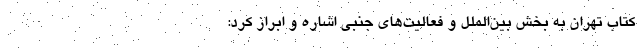
کتاب تهران به بخش بین‌الملل و فعالیت‌های جنبی اشاره و ابراز کرد: